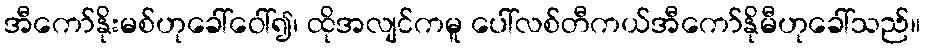
အီကော်နိုးမစ်ဟုခေါ်ဝေါ်၍၊ ထိုအလျင်ကမူ ပေါ်လစ်တီကယ်အီကော်နိုမီဟုခေါ်သည်။